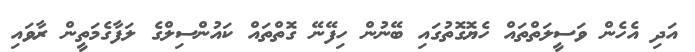
އަދި އެހެން ވަސީލަތްތައް ހެޔޮގޮތުގައި ބޭނުން ހިފޭނޭ ގޮތްތައް ކައުންސިލްގެ ލަފާގެމަތީން ރާވައި